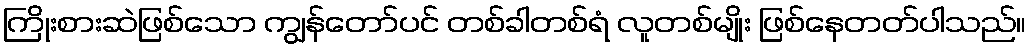
ကြိုးစားဆဲဖြစ်သော ကျွန်တော်ပင် တစ်ခါတစ်ရံ လူတစ်မျိုး ဖြစ်နေတတ်ပါသည်။